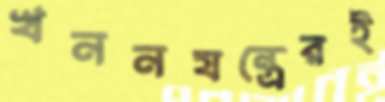
খননযন্ত্রেরই